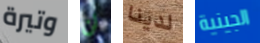
وتيرة لن لدينا الجينية